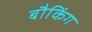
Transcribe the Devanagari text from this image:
बौकिंग